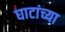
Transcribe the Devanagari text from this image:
घाटांच्या